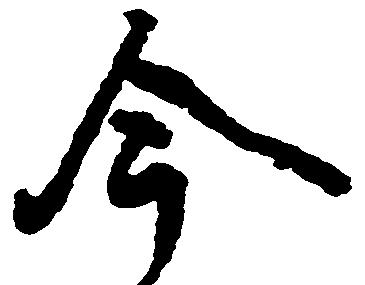
今